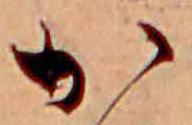
か